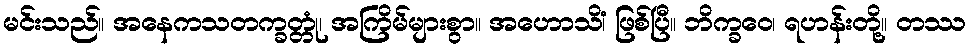
မင်းသည်။ အနေကသတက္ခတ္တုံ၊ အကြိမ်များစွာ။ အဟောသိံ၊ ဖြစ်ပြီ။ ဘိက္ခဝေ၊ ရဟန်းတို့။ တဿ